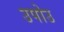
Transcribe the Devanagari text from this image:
उपोउ